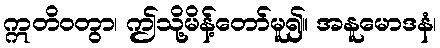
ဣတိဝတွာ၊ ဤသို့မိန့်တော်မူ၍။ အနူမောဒနံ၊